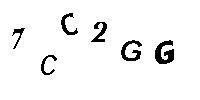
7CC2GG